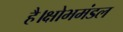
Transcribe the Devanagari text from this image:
है।क्षोभमंडल